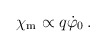
\begin{align*}\chi_{\rm m} \propto q \dot{\varphi}_0 \,.\end{align*}